Board of Education Examinations in Art and in Science and Technology, and Examinations of the City and Guilds of London Institute, 1918, 1918
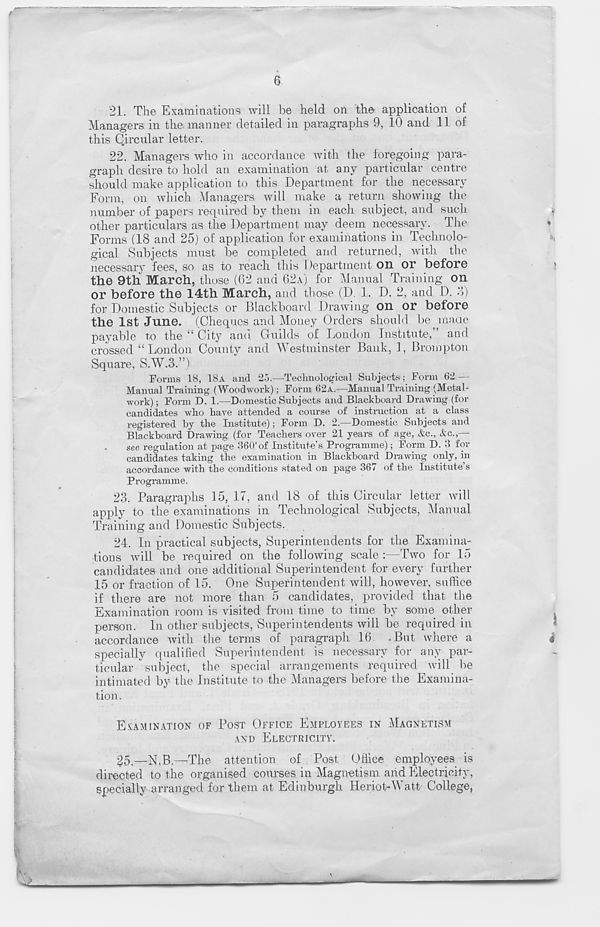
6
21. The Examinations will be held on the application of
Managers in the-manner detailed in paragraphs 9, 10 and 11 of
this Qircular letter.
22. Managers who in accordance with the foregoing para-
graph desire to hold an examination at any particular centre
should make application to this Department for the necessary
Form, on which Managers will make a return showing the
number of papers required by them in each subject, and such
other particulars as the Department may deem necessary. The
Forms (18 and 25) of application for examinations in Technolo-
gical Subjects must be completed and returned, with the
necessary fees, so as to reach this Department on or before
the 9th March, those (62 and 62A) for Manual Training on
or before the 14th March, and those (D. 1. D. 2, and D. 3)
for Domestic Subjects or Blackboard Drawing on or before
the 1st June. (Cheques and Money Orders should be made
payable to the “ City and Guilds of London Institute,” and
crossed “ London County and Westminster Bank, 1, Brompton
Square, S.W.3.”)
Forms 18, 18A and 25.—Technological Subjects; Form 62 —
Manual Training (Woodwork); Form 62A.—Manual Training (Metal-
work); Form D. 1.—Domestic Subjects and Blackboard Drawing (for
candidates who have attended a course of instruction at a class
registered by the Institute); Form D. 2.—Domestic Subjects and
Blackboard Drawing (for Teachers over 21 years of age, &c., &c.,—
see regulation at page 360'of Institute’s Programme); Form D. 3 for
candidates taking the examination in Blackboard Drawing only, in
accordance with the conditions stated on page 367 of the Institute’s
Programme.
23. Paragraphs 15, 17, and 18 of this Circular letter will
apply to the examinations in Technological Subjects, Manual
Training and Domestic Subjects.
24. In practical subjects, Superintendents for the Examina-
tions will be required on the following scale :—Two for 15
candidates and one additional Superintendent for every further
15 or fraction of 15. One Superintendent will, however, suffice
if there are not more than 5 candidates, provided that the
Examination room is visited from time to time by some other
person. In other subjects, Superintendents will be required in
accordance with the terms of paragraph 16. .But where a
specially qualified Superintendent is necessary for any par-
ticular subject, the special arrangements required will be
intimated by the Institute to the Managers before the Examina-
tion.
EXAMINATION OF POST OFFICE EMPLOYEES IN MAGNETISM
AND ELECTRICITY.
25,—N.B.—The attention of Post Office employees is
directed to the organised courses in Magnetism and Electricity,
specially arranged for them at Edinburgh Heriot-Watt College,